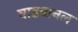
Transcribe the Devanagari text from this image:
वाडवानल